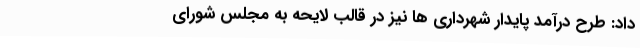
داد: طرح درآمد پایدار شهرداری ها نیز در قالب لایحه به مجلس شورای